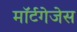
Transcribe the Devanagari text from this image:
मॉर्टगेजेस